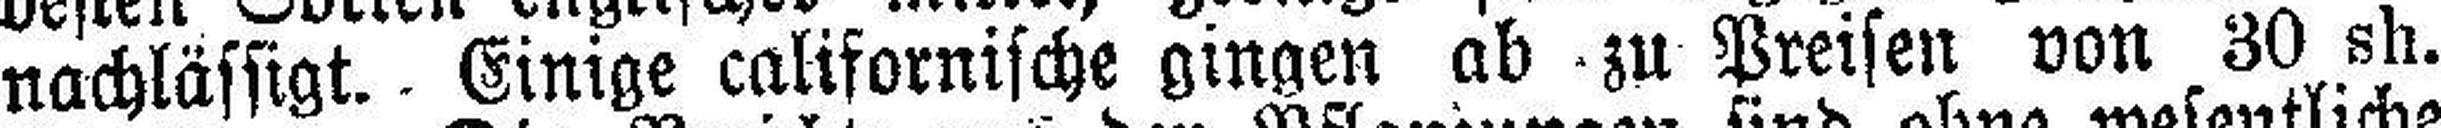
nachlässigt. Einige californische gingen ab zu Preisen von 30 sh.